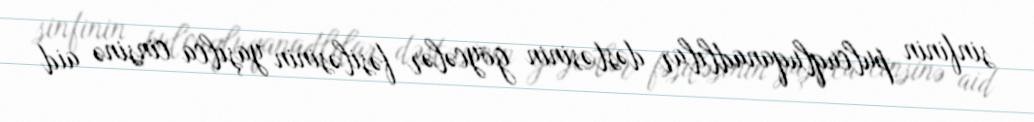
sinfinin pulcuqluqanadlılar dəstəsinin göycələr fəsiləsinin yaşılca cinsinə aid